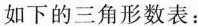
如下的三角形数表：